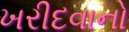
ખરીદવાનો